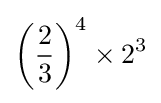
\left({\frac {2}{3}}\right)^{4}\times 2^{3}